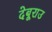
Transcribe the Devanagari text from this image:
देबूराउ